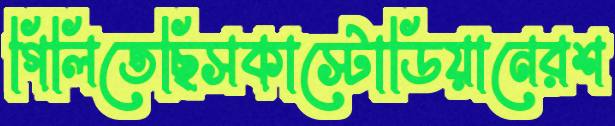
গিলিতেছিসকাস্টোডিয়ানেরশ